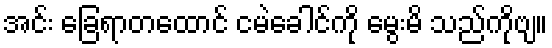
အင်း ခြေရာတထောင် ငမဲခေါင်ကို မွေးမိ သည်ကိုဗျ။